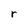
Character: r